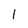
Character: l